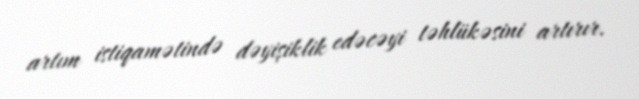
artım istiqamətində dəyişiklik edəcəyi təhlükəsini artırır.